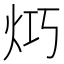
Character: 𤇤